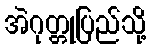
အဲဂုတ္တုပြည်သို့